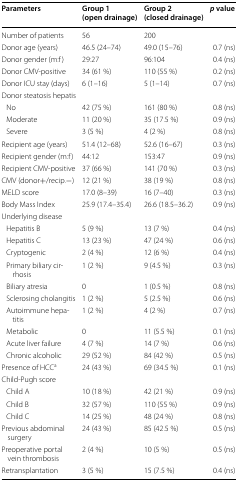
<table><thead><tr><td><b>Parameters</b></td><td><b>Group 1 (open drainage)</b></td><td><b>Group 2 (closed drainage)</b></td><td><b><i>p</i> value</b></td></tr></thead><tbody><tr><td>Number of patients</td><td>56</td><td>200</td><td></td></tr><tr><td>Donor age (years)</td><td>46.5 (24–74)</td><td>49.0 (15–76)</td><td>0.7 (ns)</td></tr><tr><td>Donor gender (m:f)</td><td>29:27</td><td>96:104</td><td>0.4 (ns)</td></tr><tr><td>Donor CMV-positive</td><td>34 (61 %)</td><td>110 (55 %)</td><td>0.2 (ns)</td></tr><tr><td>Donor ICU stay (days)</td><td>6 (1–16)</td><td>5 (1–14)</td><td>0.7 (ns)</td></tr><tr><td colspan="4">Donor steatosis hepatis</td></tr><tr><td> No</td><td>42 (75 %)</td><td>161 (80 %)</td><td>0.8 (ns)</td></tr><tr><td> Moderate</td><td>11 (20 %)</td><td>35 (17.5 %)</td><td>0.9 (ns)</td></tr><tr><td> Severe</td><td>3 (5 %)</td><td>4 (2 %)</td><td>0.8 (ns)</td></tr><tr><td>Recipient age (years)</td><td>51.4 (12–68)</td><td>52.6 (16–67)</td><td>0.3 (ns)</td></tr><tr><td>Recipient gender (m:f)</td><td>44:12</td><td>153:47</td><td>0.9 (ns)</td></tr><tr><td>Recipient CMV-positive</td><td>37 (66 %)</td><td>141 (70 %)</td><td>0.3 (ns)</td></tr><tr><td>CMV (donor+/recip.−)</td><td>12 (21 %)</td><td>38 (19 %)</td><td>0.8 (ns)</td></tr><tr><td>MELD score</td><td>17.0 (8–39)</td><td>16 (7–40)</td><td>0.3 (ns)</td></tr><tr><td>Body Mass Index</td><td>25.9 (17.4–35.4)</td><td>26.6 (18.5–36.2)</td><td>0.9 (ns)</td></tr><tr><td colspan="4">Underlying disease</td></tr><tr><td> Hepatitis B</td><td>5 (9 %)</td><td>13 (7 %)</td><td>0.4 (ns)</td></tr><tr><td> Hepatitis C</td><td>13 (23 %)</td><td>47 (24 %)</td><td>0.6 (ns)</td></tr><tr><td> Cryptogenic</td><td>2 (4 %)</td><td>12 (6 %)</td><td>0.4 (ns)</td></tr><tr><td> Primary biliary cirrhosis</td><td>1 (2 %)</td><td>9 (4.5 %)</td><td>0.3 (ns)</td></tr><tr><td> Biliary atresia</td><td>0</td><td>1 (0.5 %)</td><td>0.8 (ns)</td></tr><tr><td> Sclerosing cholangitis</td><td>1 (2 %)</td><td>5 (2.5 %)</td><td>0.6 (ns)</td></tr><tr><td> Autoimmune hepatitis</td><td>1 (2 %)</td><td>4 (2 %)</td><td>0.7 (ns)</td></tr><tr><td> Metabolic</td><td>0</td><td>11 (5.5 %)</td><td>0.1 (ns)</td></tr><tr><td> Acute liver failure</td><td>4 (7 %)</td><td>14 (7 %)</td><td>0.6 (ns)</td></tr><tr><td> Chronic alcoholic</td><td>29 (52 %)</td><td>84 (42 %)</td><td>0.5 (ns)</td></tr><tr><td>Presence of HCC<sup>a</sup></td><td>24 (43 %)</td><td>69 (34.5 %)</td><td>0.1 (ns)</td></tr><tr><td colspan="4">Child-Pugh score</td></tr><tr><td> Child A</td><td>10 (18 %)</td><td>42 (21 %)</td><td>0.9 (ns)</td></tr><tr><td> Child B</td><td>32 (57 %)</td><td>110 (55 %)</td><td>0.9 (ns)</td></tr><tr><td> Child C</td><td>14 (25 %)</td><td>48 (24 %)</td><td>0.8 (ns)</td></tr><tr><td>Previous abdominal surgery</td><td>24 (43 %)</td><td>85 (42.5 %)</td><td>0.5 (ns)</td></tr><tr><td>Preoperative portal vein thrombosis</td><td>2 (4 %)</td><td>10 (5 %)</td><td>0.5 (ns)</td></tr><tr><td>Retransplantation</td><td>3 (5 %)</td><td>15 (7.5 %)</td><td>0.4 (ns)</td></tr></tbody></table>